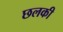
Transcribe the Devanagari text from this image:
छलकी